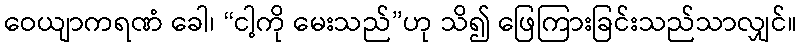
ဝေယျာကရဏံ ခေါ၊ “ငါ့ကို မေးသည်”ဟု သိ၍ ဖြေကြားခြင်းသည်သာလျှင်။